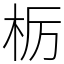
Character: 栃